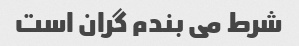
شرط می بندم گران است